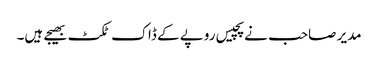
مدیر صاحب نے پچیس روپے کے ڈاک ٹکٹ بھیجے ہیں۔